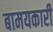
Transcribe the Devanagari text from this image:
बामयकारी